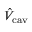
\hat { V } _ { \mathrm { c a v } }